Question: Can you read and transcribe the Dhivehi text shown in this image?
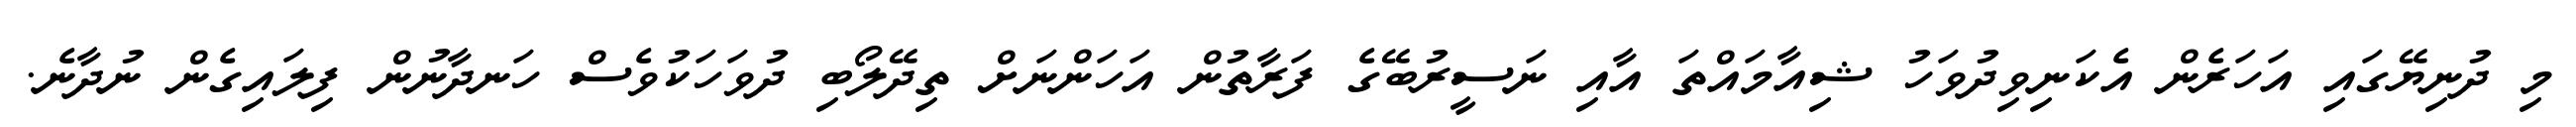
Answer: މި ދުނިޔޭގައި އަހަރެން އެކަނިވިދުވަހު ޝިއާމައްތަ އާއި ނަސީރުބޭގެ ފަރާތުން އަހަންނަށް ތިދޭލޯބި ދުވަހަކުވެސް ހަނދާނުން ފިލައިގެން ނުދާނެ.